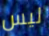
ليس